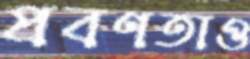
প্রবণতাও